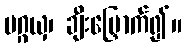
ပဂ္ဂယှ၊ ချီးမြှောက်၍။